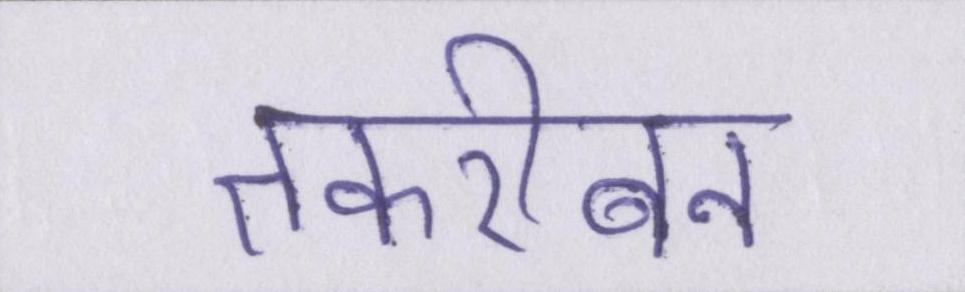
तकरीबन